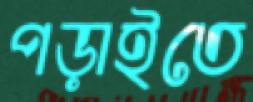
পড়াইতে